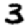
Digit: 3